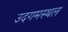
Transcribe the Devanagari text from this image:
उदगमस्थल